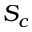
S _ { c }